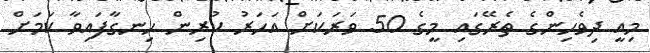
މިއީ ދިވެހިންގެ ތެރޭގައި މީގެ 50 ވަރަކަށް އަހަރު ކުރިން ހިނގާފައިވާ ކަމަށް